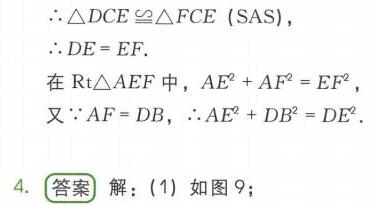
\(\therefore\triangle DCE\cong\triangle FCE\left(\text{SAS}\right),\)
\(\therefore DE = EF.\)
在\(\text{Rt}\triangle AEF\)中，\(AE^{2}+AF^{2}=EF^{2}\)，
又\(\because AF = DB\)，\(\therefore AE^{2}+DB^{2}=DE^{2}\).
4. 答案 解：(1) 如图9；